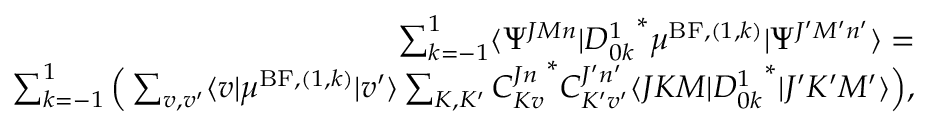
\begin{array} { r } { \sum _ { k = - 1 } ^ { 1 } \langle \Psi ^ { J M n } \vert { D _ { 0 k } ^ { 1 } } ^ { * } \mu ^ { \mathrm { B F } , ( 1 , k ) } \vert \Psi ^ { J ^ { \prime } M ^ { \prime } n ^ { \prime } } \rangle = } \\ { \sum _ { k = - 1 } ^ { 1 } \Big ( \sum _ { v , v ^ { \prime } } \langle v \vert \mu ^ { \mathrm { B F } , ( 1 , k ) } \vert v ^ { \prime } \rangle \sum _ { K , K ^ { \prime } } { C _ { K v } ^ { J n } } ^ { * } C _ { K ^ { \prime } v ^ { \prime } } ^ { J ^ { \prime } n ^ { \prime } } \langle J K M \vert { D _ { 0 k } ^ { 1 } } ^ { * } \vert J ^ { \prime } K ^ { \prime } M ^ { \prime } \rangle \Big ) , } \end{array}